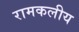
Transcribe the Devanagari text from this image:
रामकलीय